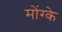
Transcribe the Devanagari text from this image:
मोंग्के